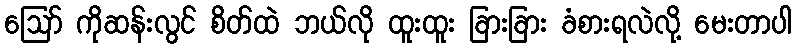
ဪ ကိုဆန်းလွင် စိတ်ထဲ ဘယ်လို ထူးထူး ခြားခြား ခံစားရလဲလို့ မေးတာပါ